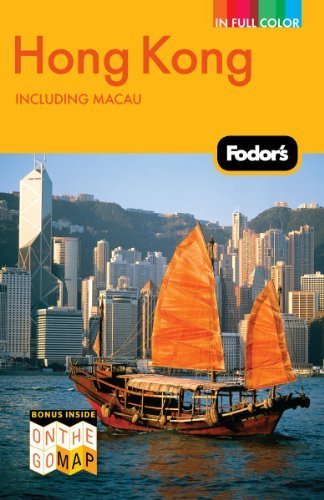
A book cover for Fodor's Hong Kong, Including Macau (Full-Color Travel Guide) by Fodor's (2011) Paperback; Fodor's; Travel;